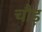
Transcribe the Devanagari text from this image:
चौड़